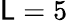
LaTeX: \mathsf{L}=5